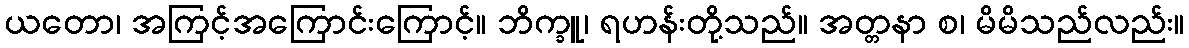
ယတော၊ အကြင့်အကြောင်းကြောင့်။ ဘိက္ခူ၊ ရဟန်းတို့သည်။ အတ္တနာ စ၊ မိမိသည်လည်း။